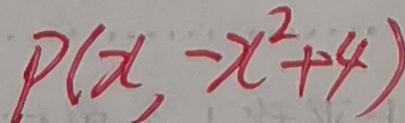
P ( x , - x ^ { 2 } + 4 )